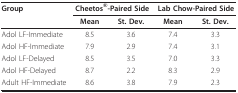
<table><thead><tr><td><b>Group</b></td><td colspan="2"><b>Cheetos<sup>®</sup>-Paired Side</b></td><td colspan="2"><b>Lab Chow-Paired Side</b></td></tr><tr><td></td><td><b>Mean</b></td><td><b>St. Dev.</b></td><td><b>Mean</b></td><td><b>St. Dev.</b></td></tr></thead><tbody><tr><td>Adol LF-Immediate</td><td>8.5</td><td>3.6</td><td>7.4</td><td>3.3</td></tr><tr><td>Adol HF-Immediate</td><td>7.9</td><td>2.9</td><td>7.4</td><td>3.1</td></tr><tr><td>Adol LF-Delayed</td><td>8.5</td><td>3.5</td><td>7.0</td><td>3.3</td></tr><tr><td>Adol HF-Delayed</td><td>8.7</td><td>2.2</td><td>8.3</td><td>2.9</td></tr><tr><td>Adult HF-Immediate</td><td>8.6</td><td>3.8</td><td>7.9</td><td>2.3</td></tr></tbody></table>